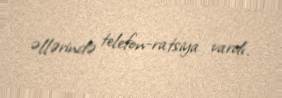
əllərində telefon-ratsiya vardı.